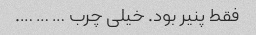
فقط پنیر بود. خیلی چرب … … ….